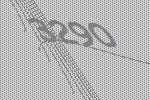
3290